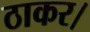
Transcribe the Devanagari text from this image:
ठाकर।